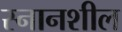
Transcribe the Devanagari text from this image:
स्नानशील